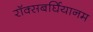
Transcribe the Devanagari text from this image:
रॉक्सबर्घियानम